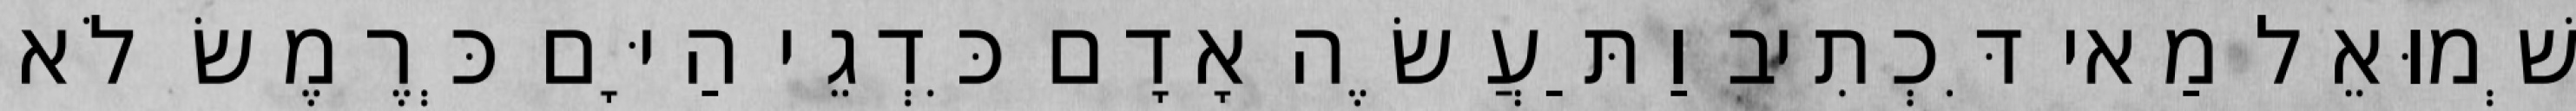
שְׁמוּאֵל מַאי דִּכְתִיב וַתַּעֲשֶׂה אָדָם כִּדְגֵי הַיָּם כְּרֶמֶשׂ לֹא